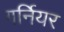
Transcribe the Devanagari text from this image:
गर्नियर